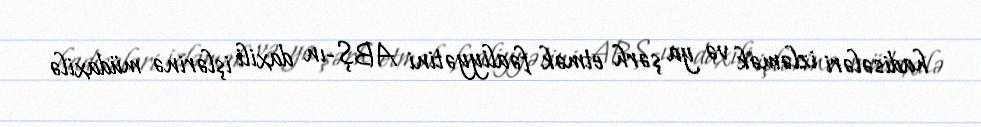
hadisələri izləmək və ya şərh etmək fəaliyyətini ABŞ-ın daxili işlərinə müdaxilə